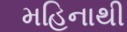
મહિનાથી